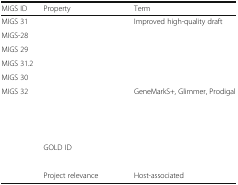
<table><thead><tr><td><b>MIGS ID</b></td><td><b>Property</b></td><td><b>Term</b></td></tr></thead><tbody><tr><td>MIGS 31</td><td>[EMPTY_CELL]</td><td>Improved high-quality draft</td></tr><tr><td>MIGS-28</td><td>[EMPTY_CELL]</td><td>[EMPTY_CELL]</td></tr><tr><td>MIGS 29</td><td>[EMPTY_CELL]</td><td>[EMPTY_CELL]</td></tr><tr><td>MIGS 31.2</td><td>[EMPTY_CELL]</td><td>[EMPTY_CELL]</td></tr><tr><td>MIGS 30</td><td>[EMPTY_CELL]</td><td>[EMPTY_CELL]</td></tr><tr><td>MIGS 32</td><td>[EMPTY_CELL]</td><td>GeneMarkS+, Glimmer, Prodigal</td></tr><tr><td>[EMPTY_CELL]</td><td>[EMPTY_CELL]</td><td>[EMPTY_CELL]</td></tr><tr><td>[EMPTY_CELL]</td><td>[EMPTY_CELL]</td><td>[EMPTY_CELL]</td></tr><tr><td>[EMPTY_CELL]</td><td>[EMPTY_CELL]</td><td>[EMPTY_CELL]</td></tr><tr><td>[EMPTY_CELL]</td><td>GOLD ID</td><td>[EMPTY_CELL]</td></tr><tr><td>[EMPTY_CELL]</td><td>[EMPTY_CELL]</td><td>[EMPTY_CELL]</td></tr><tr><td>[EMPTY_CELL]</td><td>Project relevance</td><td>Host-associated</td></tr></tbody></table>